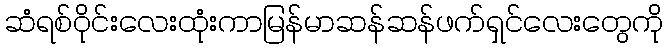
ဆံရစ်ဝိုင်းလေးထုံးကာမြန်မာဆန်ဆန်ဖက်ရှင်လေးတွေကို